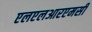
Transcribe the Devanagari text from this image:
एलएलआरएमसी